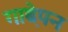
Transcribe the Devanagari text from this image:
गाढे़पन